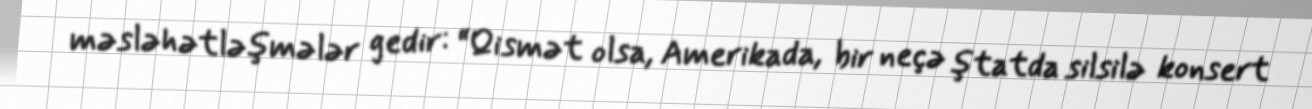
məsləhətləşmələr gedir: “Qismət olsa, Amerikada, bir neçə ştatda silsilə konsert